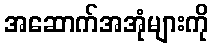
အဆောက်အအုံများကို